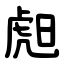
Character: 䖑